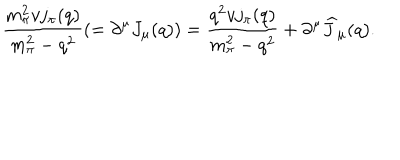
\displaystyle { \frac { m _ { \pi } ^ { 2 } v j _ { \pi } ( q ) } { m _ { \pi } ^ { 2 } - q ^ { 2 } } ( = \partial ^ { \mu } J _ { \mu } ( q ) ) = \frac { q ^ { 2 } v j _ { \pi } ( q ) } { m _ { \pi } ^ { 2 } - q ^ { 2 } } + \partial ^ { \mu } \widehat J _ { \mu } ( q ) . }